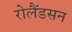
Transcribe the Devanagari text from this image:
रोलैंडसन